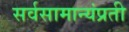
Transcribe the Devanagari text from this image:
सर्वसामान्यंप्रती